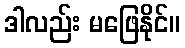
ဒါလည်း မဖြေနိုင်။